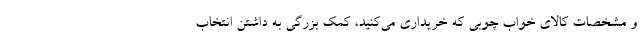
و مشخصات کالای خواب چوبی که خریداری می‌کنید، کمک بزرگی به داشتن انتخاب